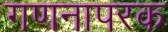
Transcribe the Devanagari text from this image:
गणनापरक